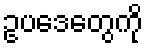
ဥပဒေတွေကို